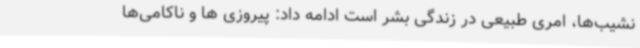
نشیب‌ها، امری طبیعی در زندگی بشر است ادامه داد: پیروزی ها و ناکامی‌ها